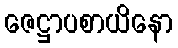
ဇေဋ္ဌာပစာယိနော